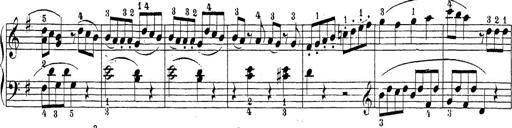
Title: Sonatina Album
Composer: Louis KÃ¶hler